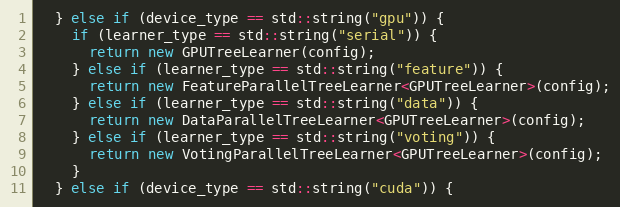
Language: C++
  } else if (device_type == std::string("gpu")) {
    if (learner_type == std::string("serial")) {
      return new GPUTreeLearner(config);
    } else if (learner_type == std::string("feature")) {
      return new FeatureParallelTreeLearner<GPUTreeLearner>(config);
    } else if (learner_type == std::string("data")) {
      return new DataParallelTreeLearner<GPUTreeLearner>(config);
    } else if (learner_type == std::string("voting")) {
      return new VotingParallelTreeLearner<GPUTreeLearner>(config);
    }
  } else if (device_type == std::string("cuda")) {